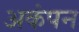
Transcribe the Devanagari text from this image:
अकंपन